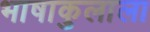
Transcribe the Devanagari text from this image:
भाषाकुलाला